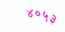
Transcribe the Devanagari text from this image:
४०५३